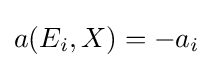
a(E_{i},X)=-a_{i}